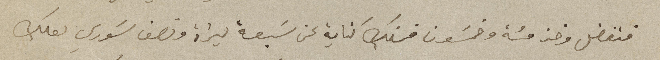
فتفضل وخذ مئة وخمسَون فرنك كناية عن سَبعة ليراة ونصف سَوري لعلك